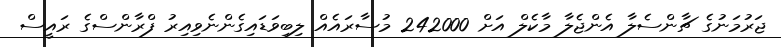
ޖަރުމަނުގެ ޗާންސެލާ އެންޖެލާ މާކެލް އަށް 242000 މުސާރައެއް ލިބިވަޑައިގެންނެވިއިރު ފްރާންސްގެ ރައީސް